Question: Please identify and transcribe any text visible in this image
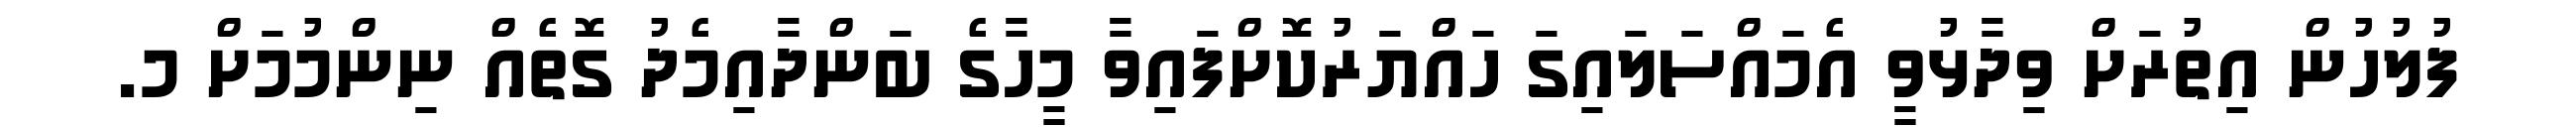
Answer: ފުލުހުން އިތުރަށް ވިދާޅުވީ އެމައްސަލައިގަ ހައްޔަރުކޮށްފައިވާ މީހާގެ ބަންދާއިމެދު ގޮތެއް ނިންމުމަށް މ.